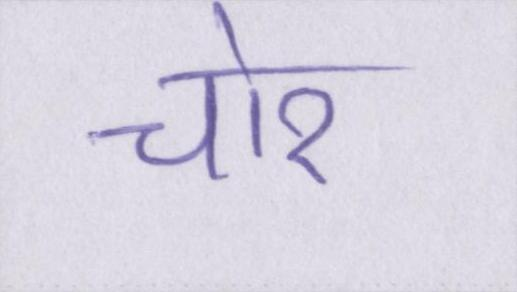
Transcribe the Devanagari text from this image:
चोर